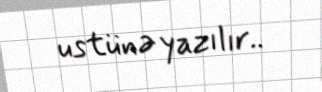
ustünə yazılır..